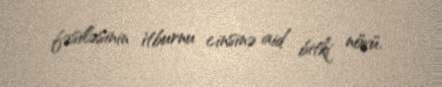
fəsiləsinin i̇tburnu cinsinə aid bitki növü.